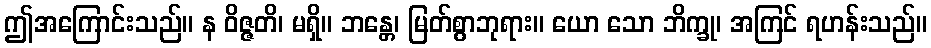
ဤအကြောင်းသည်။ န ဝိဇ္ဇတိ၊ မရှိ။ ဘန္တေ၊ မြတ်စွာဘုရား။ ယော သော ဘိက္ခု၊ အကြင် ရဟန်းသည်။